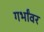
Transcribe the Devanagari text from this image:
गर्भांवर